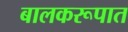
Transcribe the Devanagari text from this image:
बालकरूपात